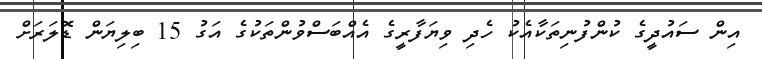
އިން ސައުދީގެ ކުންފުނިތަކާއެކު ހެދި ވިޔަފާރީގެ އެއްބަސްވުންތަކުގެ އަގު 15 ބިލިޔަން ޑޮލަރަށް